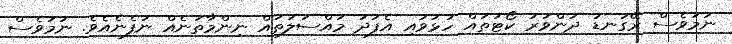
ނަމަވެސް ރޭގަނޑު ދަންވަރު ކޯޓުތައް ހުޅުވައި އެފަދަ މައްސަލަތައް ނިންމާތަނެއް ނުފެނެއެވެ. ނަމަވެސް